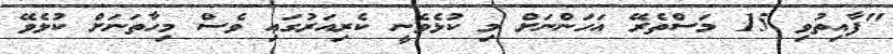
"ފާއިތުވި 15 މަސްތެރޭ އަހަންނަށް މި ކުޅެވެނީ ކެރިއަރުގައި ވެސް މިހާތަނަށް ކުޅެވޭ